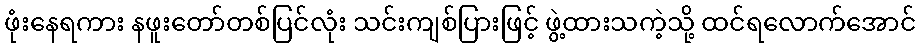
ဖုံးနေရကား နဖူးတော်တစ်ပြင်လုံး သင်းကျစ်ပြားဖြင့် ဖွဲ့ထားသကဲ့သို့ ထင်ရလောက်အောင်